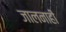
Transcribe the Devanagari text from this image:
जालनाही